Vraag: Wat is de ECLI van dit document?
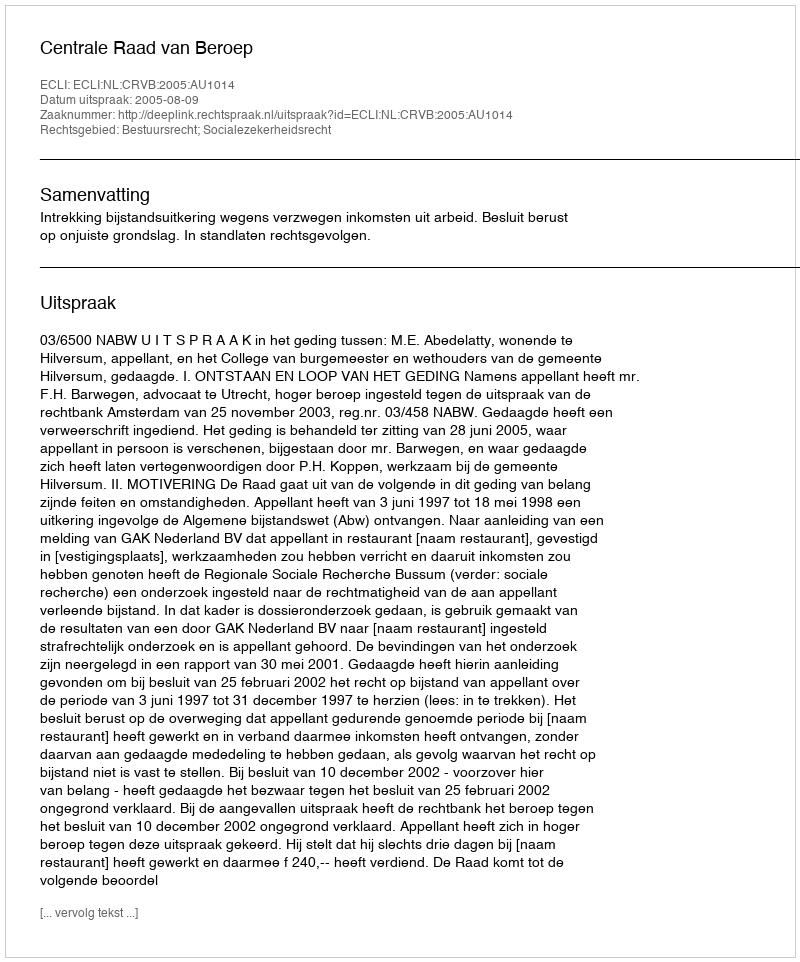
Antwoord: ECLI:NL:CRVB:2005:AU1014